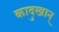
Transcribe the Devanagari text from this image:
कादुखान्